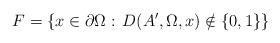
LaTeX: \begin{align*}F=\left\{x\in\partial\Omega:\, D(A',\Omega,x)\notin\{0,1\} \right\} \end{align*}